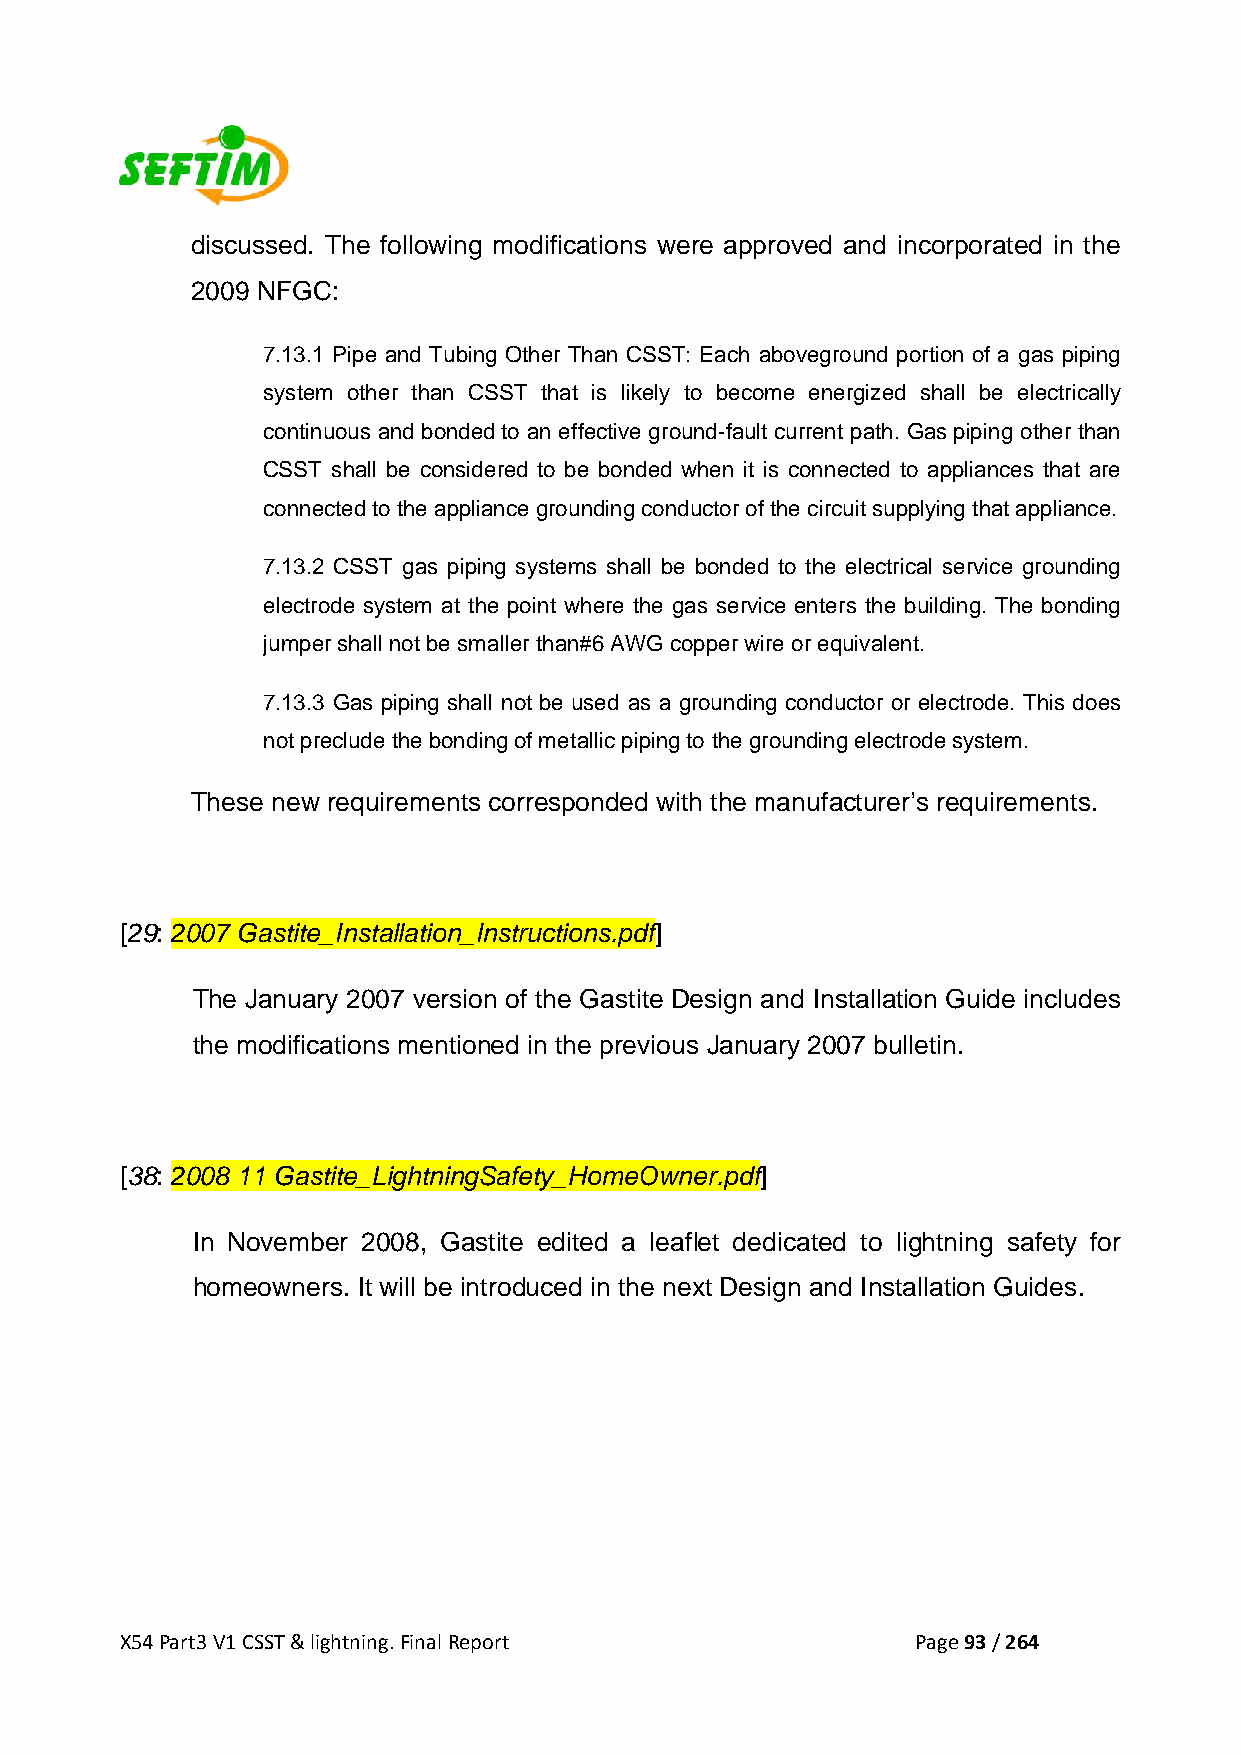
discussed. The following modifications were approved and incorporated in the
 2009 NFGC:
 7.13.1 Pipe and Tubing Other Than CSST: Each aboveground portion of a gas piping
 system other than CSST that is likely to become energized shall be electrically
 continuous and bonded to an effective ground-fault current path. Gas piping other than
 CSST shall be considered to be bonded when it is connected to appliances that are
 connected to the appliance grounding conductor of the circuit supplying that appliance.
 7.13.2 CSST gas piping systems shall be bonded to the electrical service grounding
 electrode system at the point where the gas service enters the building. The bonding
 jumper shall not be smaller than#6 AWG copper wire or equivalent.
 7.13.3 Gas piping shall not be used as a grounding conductor or electrode. This does
 not preclude the bonding of metallic piping to the grounding electrode system.
 These new requirements corresponded with the manufacturer’s requirements.
 [29: 2007 Gastite_Installation_Instructions.pdf]
 The January 2007 version of the Gastite Design and Installation Guide includes
 the modifications mentioned in the previous January 2007 bulletin.
 [38: 2008 11 Gastite_LightningSafety_HomeOwner.pdf]
 In November 2008, Gastite edited a leaflet dedicated to lightning safety for
 homeowners. It will be introduced in the next Design and Installation Guides.
 X54 Part3 V1 CSST & lightning. Final Report          Page 93 / 264